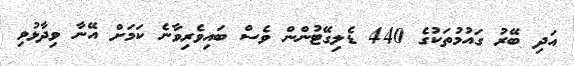
އަދި ބޭރު ގައުމުތަކުގެ 440 ޑެލިގޭޓުންން ވެސް ބައިވެރިވާނެ ކަމަށް އޭނާ ވިދާޅުވި